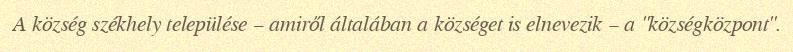
A község székhely települése – amiről általában a községet is elnevezik – a "községközpont".